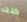
كنت